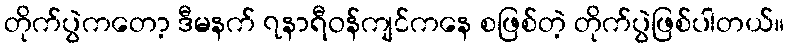
တိုက်ပွဲကတော့ ဒီမနက် ၇နာရီဝန်ကျင်ကနေ စဖြစ်တဲ့ တိုက်ပွဲဖြစ်ပါတယ်။